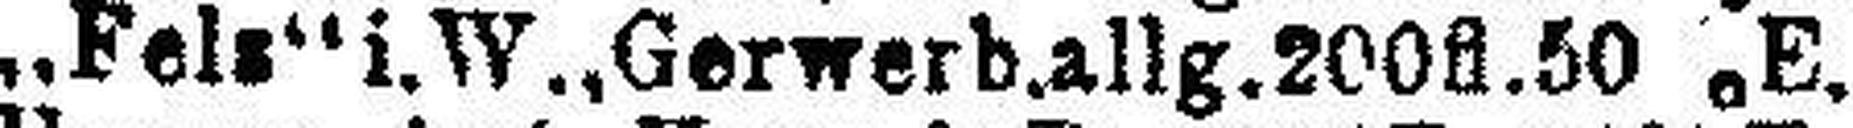
„Felz“ i.W., Gerwerb. allg. 200fl. 50% E.